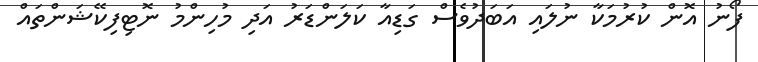
ފޯނު އޮން ކުރުމަކާ ނުލައި އަބަދުވެސް ގަޑިއާ ކަލަންޑަރު އަދި މުހިންމު ނޮޓިފިކޭޝަންތައް